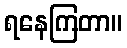
ရနေကြတာ။